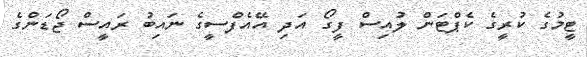
ޓީމުގެ ކުރީގެ ކެޕްޓަން ލުއިސް ފީގޯ އަދި އޭއެފްސީގެ ނައިބު ރައީސް ޖޯޑަންގެ